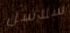
سلاسل